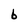
Character: 6